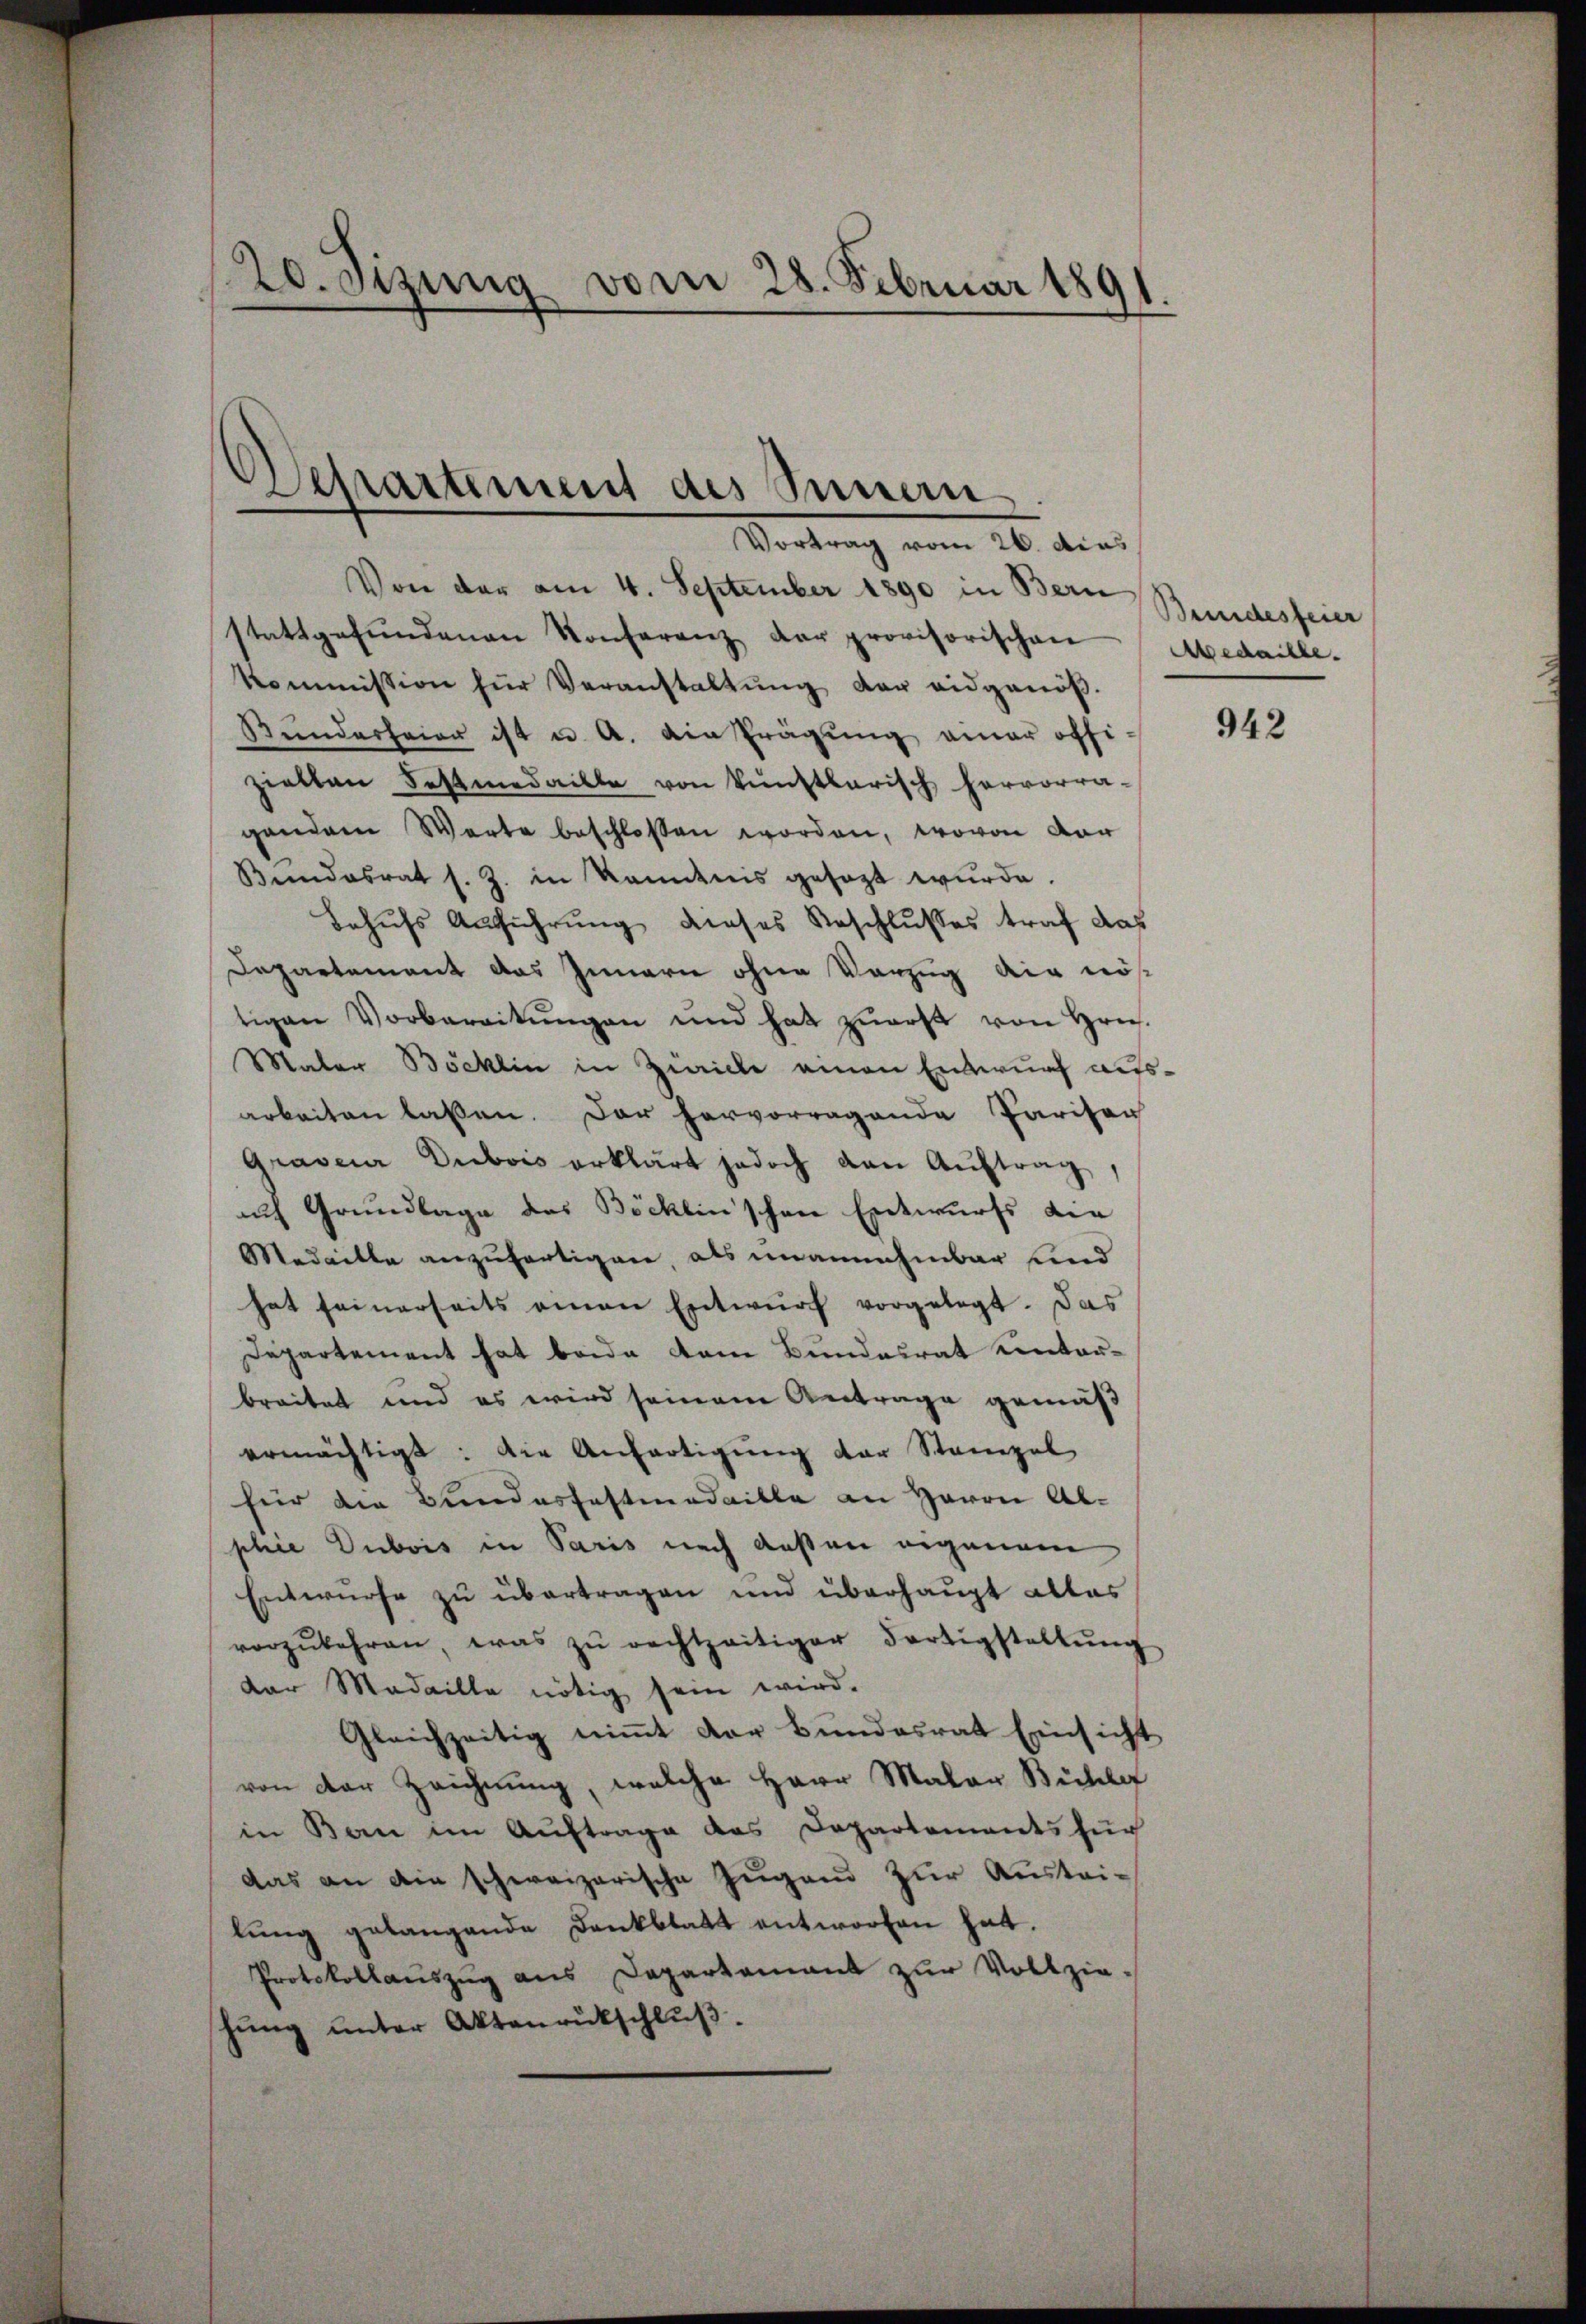
20. Sizung vom 28. Februar 180

Departement des Sinnern
Vortrag vom 26. Acas

Von der am 4. September 1890 in Bern
stattgefŭndenen Konferenz der provisorischen
kommission für Veranstaltŭng der eidgenöß
Kŭndarteien ist u. A. Ain Prägung einer offizielten Festmedaille von künstlerisch hervorra-
gendem Warte beschloßen worden, wovon der
Bundesrat s. Z. in kanntnis gesezt wurde.
Behŭfs Aufführung dieses Beschlusses traf das
Departement das Innern ohne Vorzug aig nös
tigen Vorbereitŭngen und hat zŭerst von Hrn.
Mater Böcklin in Zwicke einen Entwurf ausarbeiten lassen. Der hervorragende Pariser
Graveur Dubois erklärt jedoch den Auftrag,
ach Grundlage das Böcklinschene Entwurfs die
Medaille anzufertigen, als unannehmbar und
hat seinerseits einen Entwurf vorgelegt. Das
Departement hat beide dem Bundesrat unterbreitet und es wird seinem Antrage gemäß
ermächtigt: Die Anfertigung der Stampel
für die Bundesfastmedaille an Herrn Abphie Dubois in Paris nach deßen eigenem
Entwurfe zu übertragen und überhaupt alles
vorzŭkehren, was zŭ rechtzeitiger Fortigstellŭng
dar Medaille nötig sein wird.
Gleichzeitig nimmt der Bundesrat Einsicht
von der Zeichnung, welche Herr Maler Büchlef
in Bau im Auftrage das Departements für
das an die schweizerische Zugand zur Austrilŭng gelangende Dankblatt entworfen hat.
Protokollaŭszŭg ans Departamant zŭr Vollzie-
hung unter Aktenrückschlŭβ

Bundesfeier
Abedaille.

942